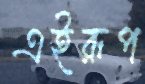
এইরূপ